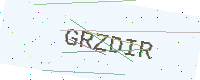
Text: GRZDIR